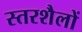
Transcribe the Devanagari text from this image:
स्तरशैलों